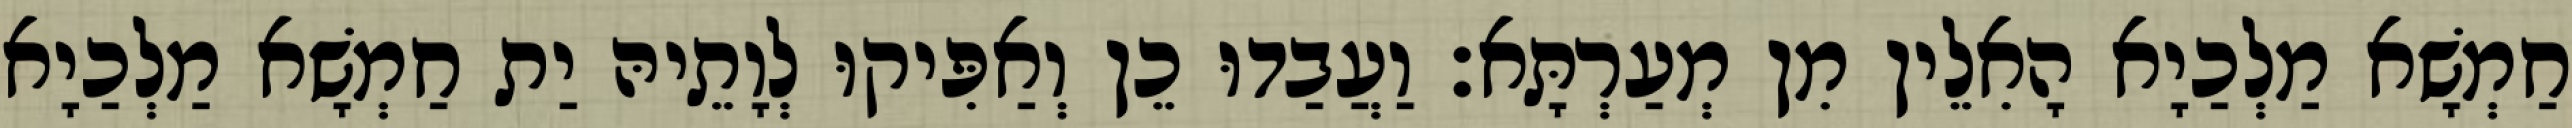
חַמְשָׁא מַלְכַיָא הָאִלֵין מִן מְעַרְתָּא׃ וַעֲבַדוּ כֵן וְאַפִּיקוּ לְוָתֵיהּ יַת חַמְשָׁא מַלְכַיָא